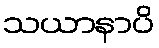
သယာနာပိ